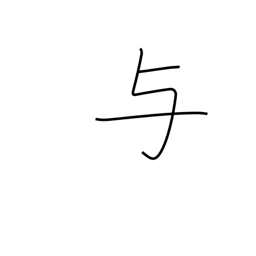
Meaning: impart